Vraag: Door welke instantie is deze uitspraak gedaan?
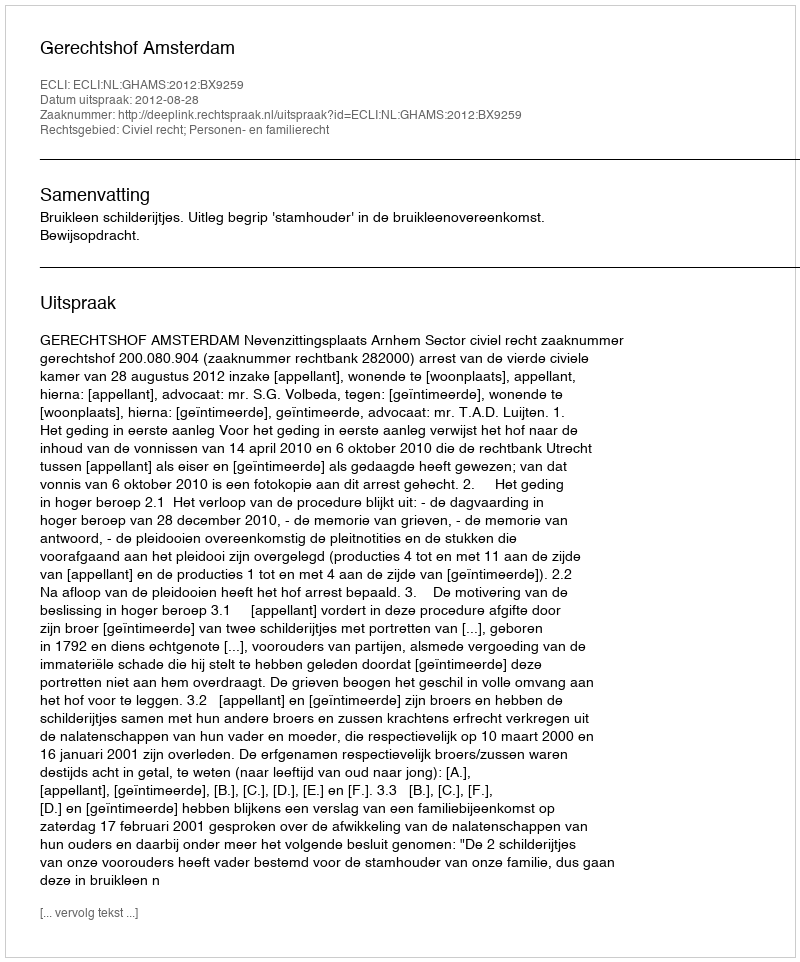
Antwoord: Gerechtshof Amsterdam